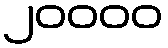
၂၀၀၀၀